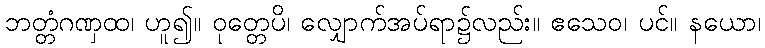
ဘတ္တံဂဏှထ၊ ဟူ၍။ ဝုတ္တေပိ၊ လျှောက်အပ်ရာ၌လည်း။ ဧသေဝ၊ ပင်။ နယော၊